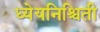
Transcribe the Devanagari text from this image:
ध्येयनिश्चिती